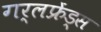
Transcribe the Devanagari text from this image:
गर्लफ्रेंड्स